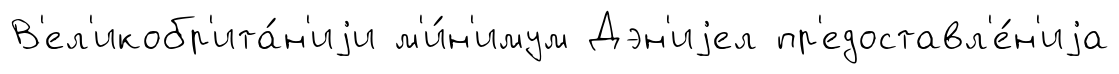
В'ел'икобр'ита́н'иjи м'и́н'имум Дэн'иjел пр'едоставл'е́н'иjа